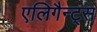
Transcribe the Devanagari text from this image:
एलिगैन्ट्स